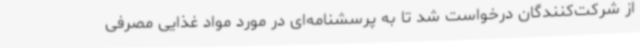
از شرکت‌کنندگان درخواست شد تا به پرسشنامه‌ای در مورد مواد غذایی مصرفی